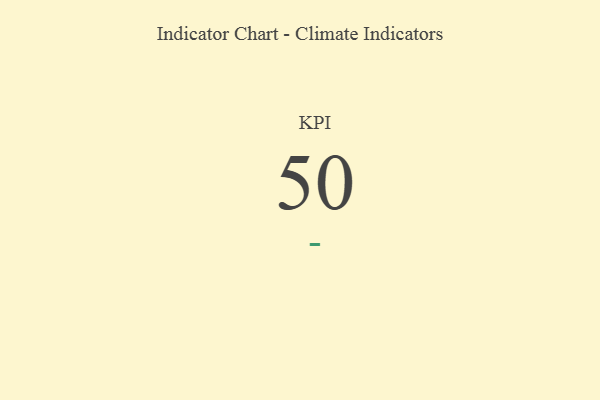
{"axis": {"x": "KPI", "y": "Value"}, "legend": [""], "data": [{"x": "KPI", "y": 50, "type": ""}]}